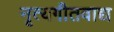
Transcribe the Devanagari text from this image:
नृत्यगीतवाद्य